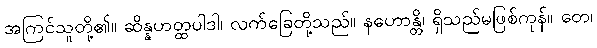
အကြင်သူတို့၏။ ဆိန္နဟတ္ထပါဒါ၊ လက်ခြေတို့သည်။ နဟောန္တိ၊ ရှိသည်မဖြစ်ကုန်။ တေ၊